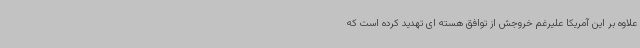
علاوه بر این آمریکا علیرغم خروجش از توافق هسته ای تهدید کرده است که